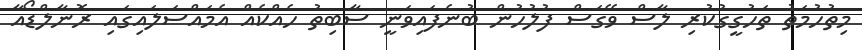
މިތުހުމަތު ތަހުގީގުކުރި ލާސް ވޭގަސް ފުލުހުން ބުނެފައިވަނީ ސާބިތު ހެއްކެއް އެމައްސަލައިގައި ރޮނާލްޑޯއާ